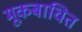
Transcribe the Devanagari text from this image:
मूकबाधित